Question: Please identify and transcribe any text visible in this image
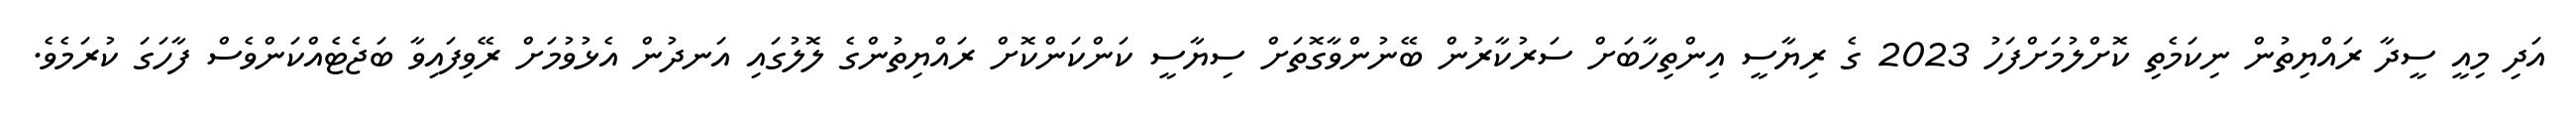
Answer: އަދި މިއީ ސީދާ ރައްޔިތުން ނިކަމެތި ކޮށްލުމަށްފަހު 2023 ގެ ރިޔާސީ އިންތިހާބަށް ސަރުކާރުން ބޭނުންވާގޮތަށް ސިޔާސީ ކަންކަންކޮށް ރައްޔިތުންގެ ލޮލުގައި އަނދުން އެޅުވުމަށް ރޭވިފައިވާ ބަޖެޓެއްކަންވެސް ފާހަގަ ކުރަމެވެ.